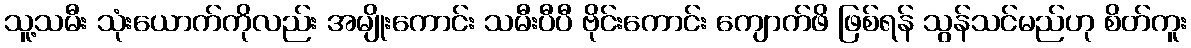
သူ့သမီး သုံးယောက်ကိုလည်း အမျိုးကောင်း သမီးပီပီ ဗိုင်းကောင်း ကျောက်ဖိ ဖြစ်ရန် သွန်သင်မည်ဟု စိတ်ကူး